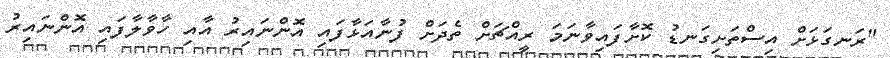
"ރަނގަޅަށް އިސްތަށިގަނޑު ކޮށާފައިވާނަމަ ރީއްޗަށް ތެދަށް ފުނާއަޅާފައި އޮންނައިރު އާއި ހާވާލާފައި އޮންނައިރު